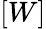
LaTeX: [W]